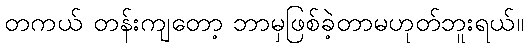
တကယ် တန်းကျတော့ ဘာမှဖြစ်ခဲ့တာမဟုတ်ဘူးရယ်။